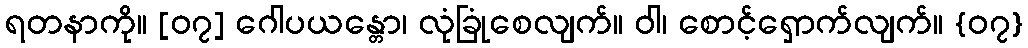
ရတနာကို။ [၀၇] ဂေါပယန္တော၊ လုံခြုံစေလျက်။ ဝါ၊ စောင့်ရှောက်လျက်။ {၀၇}